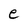
Character: e